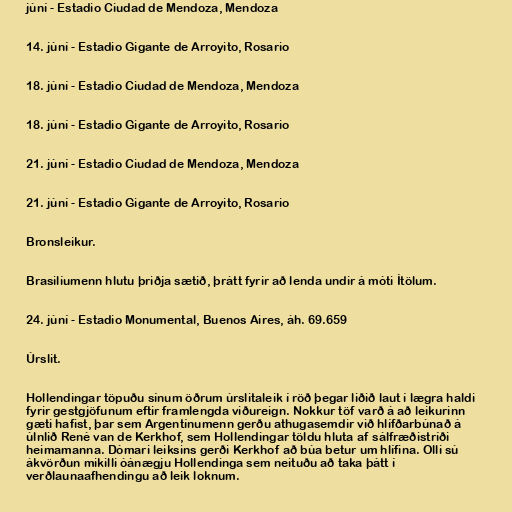
júní - Estadio Ciudad de Mendoza, Mendoza

14. júní - Estadio Gigante de Arroyito, Rosario

18. júní - Estadio Ciudad de Mendoza, Mendoza

18. júní - Estadio Gigante de Arroyito, Rosario

21. júní - Estadio Ciudad de Mendoza, Mendoza

21. júní - Estadio Gigante de Arroyito, Rosario

Bronsleikur.

Brasilíumenn hlutu þriðja sætið, þrátt fyrir að lenda undir á móti Ítölum.

24. júní - Estadio Monumental, Buenos Aires, áh. 69.659

Úrslit.

Hollendingar töpuðu sínum öðrum úrslitaleik í röð þegar liðið laut í lægra haldi
fyrir gestgjöfunum eftir framlengda viðureign. Nokkur töf varð á að leikurinn
gæti hafist, þar sem Argentínumenn gerðu athugasemdir við hlífðarbúnað á
úlnlið René van de Kerkhof, sem Hollendingar töldu hluta af sálfræðistríði
heimamanna. Dómari leiksins gerði Kerkhof að búa betur um hlífina. Olli sú
ákvörðun mikilli óánægju Hollendinga sem neituðu að taka þátt í
verðlaunaafhendingu að leik loknum.